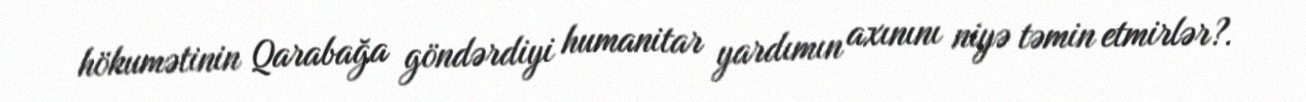
hökumətinin Qarabağa göndərdiyi humanitar yardımın axınını niyə təmin etmirlər?.